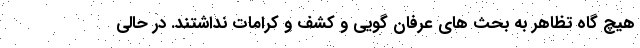
هیچ گاه تظاهر به بحث های عرفان گویی و کشف و کرامات نداشتند. در حالی